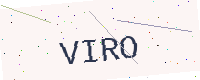
Text: VIRO